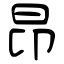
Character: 昂